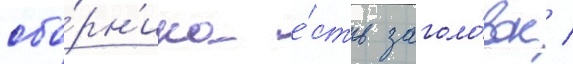
сбо́рн'ика е́сть заголо́вок /